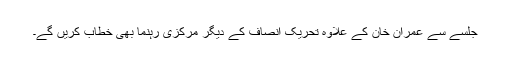
جلسے سے عمران خان کے علاوہ تحریک انصاف کے دیگر مرکزی رہنما بھی خطاب کریں گے۔